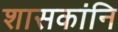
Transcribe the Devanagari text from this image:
शासकांनि